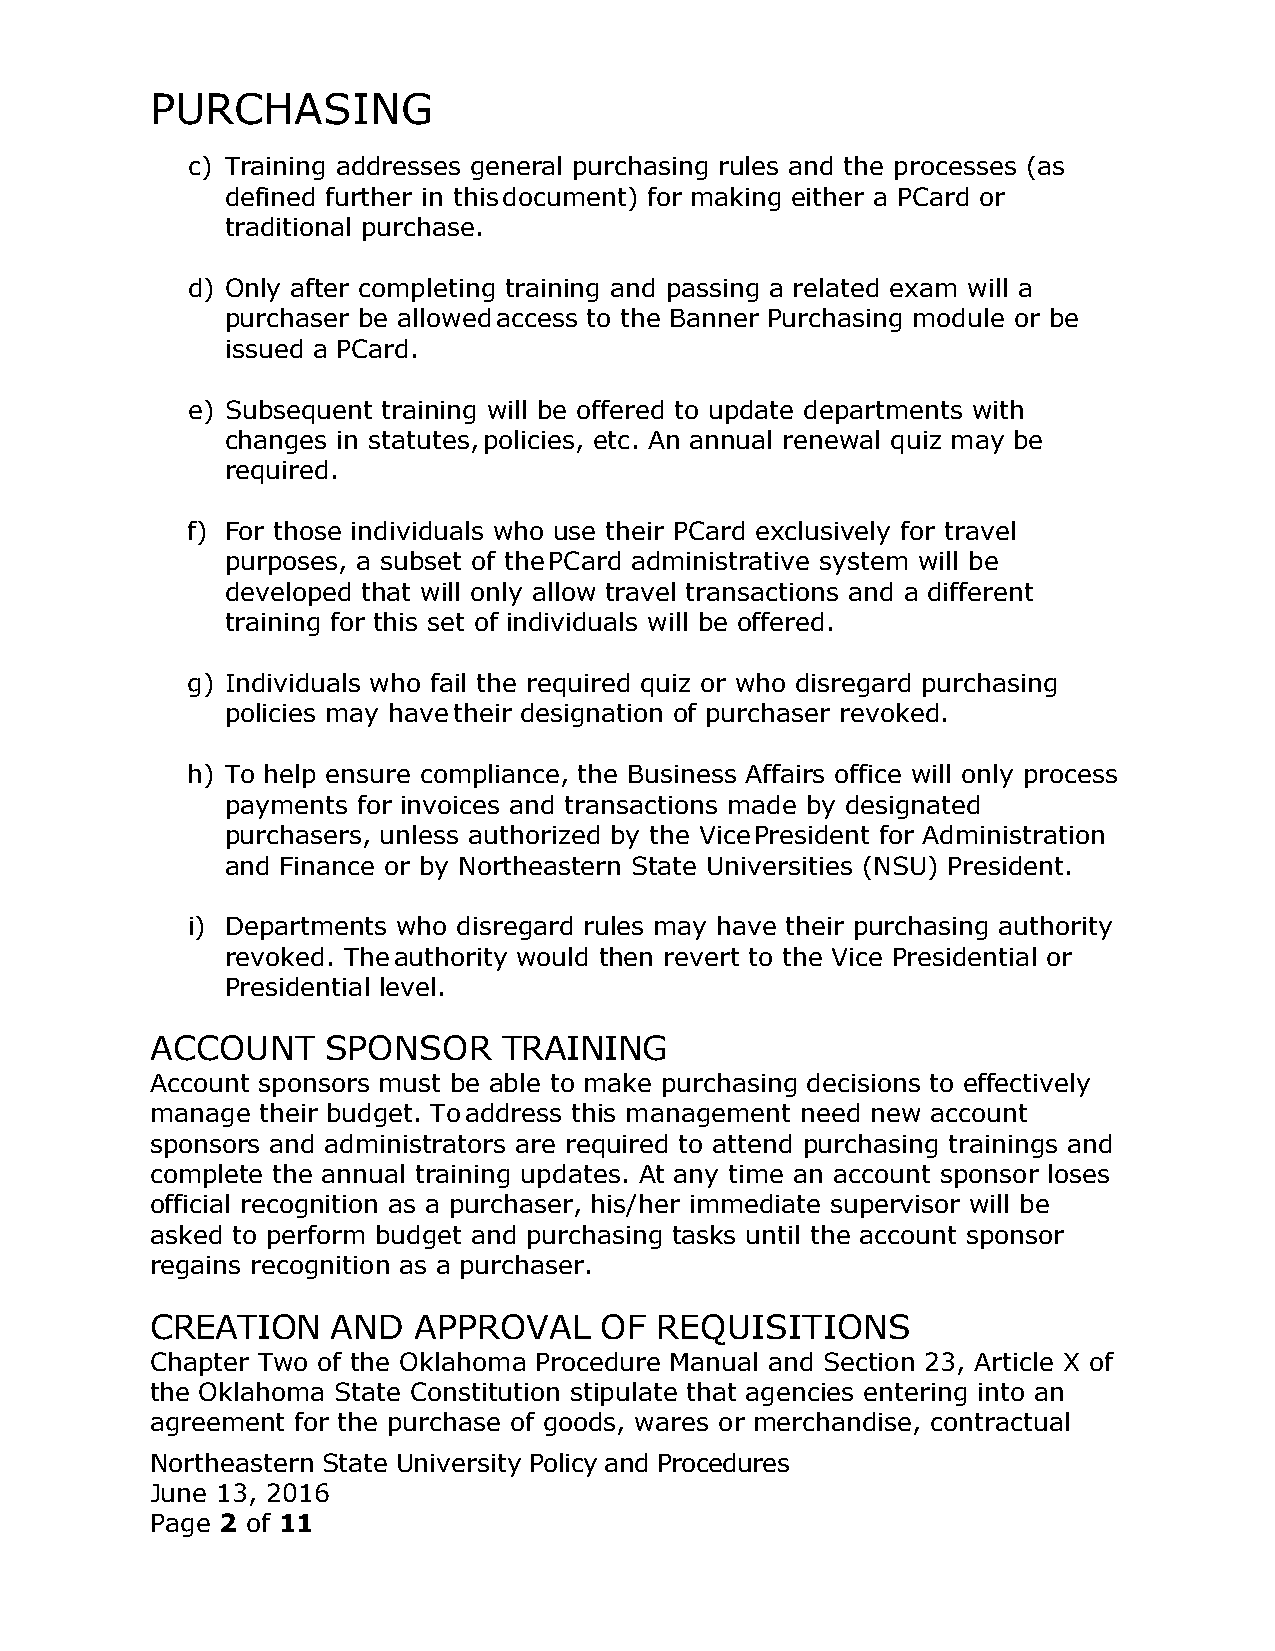
PURCHASING
 c) Training addresses general purchasing rules and the processes (as
 defined further in this document) for making either a PCard or
 traditional purchase.
 d) Only after completing training and passing a related exam will a
 purchaser be allowed access to the Banner Purchasing module or be
 issued a PCard.
 e) Subsequent training will be offered to update departments with
 changes in statutes, policies, etc. An annual renewal quiz may be
 required.
 f) For those individuals who use their PCard exclusively for travel
 purposes, a subset of the PCard administrative system will be
 developed that will only allow travel transactions and a different
 training for this set of individuals will be offered.
 g) Individuals who fail the required quiz or who disregard purchasing
 policies may have their designation of purchaser revoked.
 h) To help ensure compliance, the Business Affairs office will only process
 payments for invoices and transactions made by designated
 purchasers, unless authorized by the Vice President for Administration
 and Finance or by Northeastern State Universities (NSU) President.
 i) Departments who disregard rules may have their purchasing authority
 revoked. The authority would then revert to the Vice Presidential or
 Presidential level.
 ACCOUNT     SPONSOR    TRAINING
 Account sponsors must be able to make purchasing decisions to effectively
 manage their budget. To address this management need new account
 sponsors and administrators are required to attend purchasing trainings and
 complete the annual training updates. At any time an account sponsor loses
 official recognition as a purchaser, his/her immediate supervisor will be
 asked to perform budget and purchasing tasks until the account sponsor
 regains recognition as a purchaser.
 CREATION    AND  APPROVAL     OF REQUISITIONS
 Chapter Two of the Oklahoma Procedure Manual and Section 23, Article X of
 the Oklahoma State Constitution stipulate that agencies entering into an
 agreement for the purchase of goods, wares or merchandise, contractual
 Northeastern State University Policy and Procedures
 June 13, 2016
 Page 2 of 11